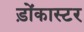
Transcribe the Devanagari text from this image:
ड़ोंकास्टर